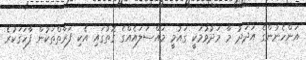
އަންހެނުންގެ އަދަދު މާ މަދުވުމަކީ ގައުމީ މައްސަލައެއްގެ ގޮތުގައި އެކި ފަރާތްތަކުން ފާހަގަކުރެ